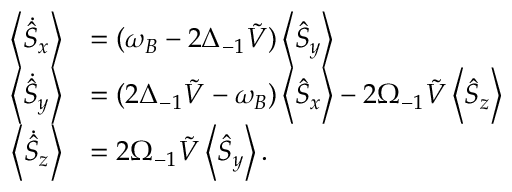
\begin{array} { r l } { \left\langle \dot { \hat { S } } _ { x } \right\rangle } & { = ( \omega _ { B } - 2 \Delta _ { - 1 } \tilde { V } ) \left\langle \hat { S } _ { y } \right\rangle } \\ { \left\langle \dot { \hat { S } } _ { y } \right\rangle } & { = ( 2 \Delta _ { - 1 } \tilde { V } - \omega _ { B } ) \left\langle \hat { S } _ { x } \right\rangle - 2 \Omega _ { - 1 } \tilde { V } \left\langle \hat { S } _ { z } \right\rangle } \\ { \left\langle \dot { \hat { S } } _ { z } \right\rangle } & { = 2 \Omega _ { - 1 } \tilde { V } \left\langle \hat { S } _ { y } \right\rangle . } \end{array}